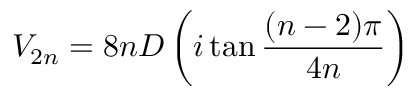
V _ { 2 n } = 8 n D \left( i \tan \frac { ( n - 2 ) \pi } { 4 n } \right)